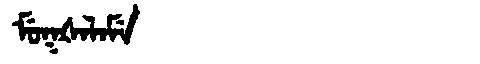
Manchu: ᠮᡠᡴᡧᠠᠯᠠᠮᡝ
Romanization: MUKŠALAME